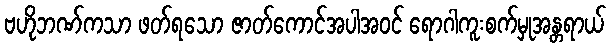
ဗဟိုဘဏ်ကသာ ဖတ်ရသော ဇာတ်ကောင်အပါအဝင် ရောဂါကူးစက်မှုအန္တရာယ်